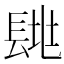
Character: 𨱶